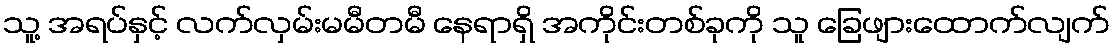
သူ့ အရပ်နှင့် လက်လှမ်းမမီတမီ နေရာရှိ အကိုင်းတစ်ခုကို သူ ခြေဖျားထောက်လျက်